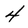
Character: 4